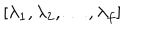
LaTeX: [ \lambda _ { 1 } , \lambda _ { 2 } , \ldots , \lambda _ { f } ]